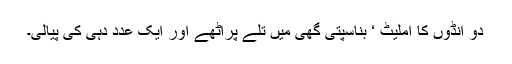
دو انڈوں کا آملیٹ ‘ بناسپتی گھی میں تلے پراٹھے اور ایک عدد دہی کی پیالی۔